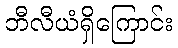
ဘီလီယံရှိကြောင်း